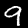
Digit: 9